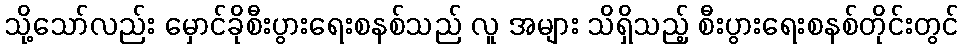
သို့သော်လည်း မှောင်ခိုစီးပွားရေးစနစ်သည် လူ အများ သိရှိသည့် စီးပွားရေးစနစ်တိုင်းတွင်